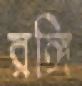
রঙ্গি